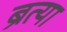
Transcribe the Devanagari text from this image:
ब्रत्या